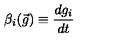
\beta _ { i } ( \vec { g } ) \equiv \frac { d g _ { i } } { d t }